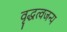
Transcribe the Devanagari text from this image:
वृद्धत्वजन्य